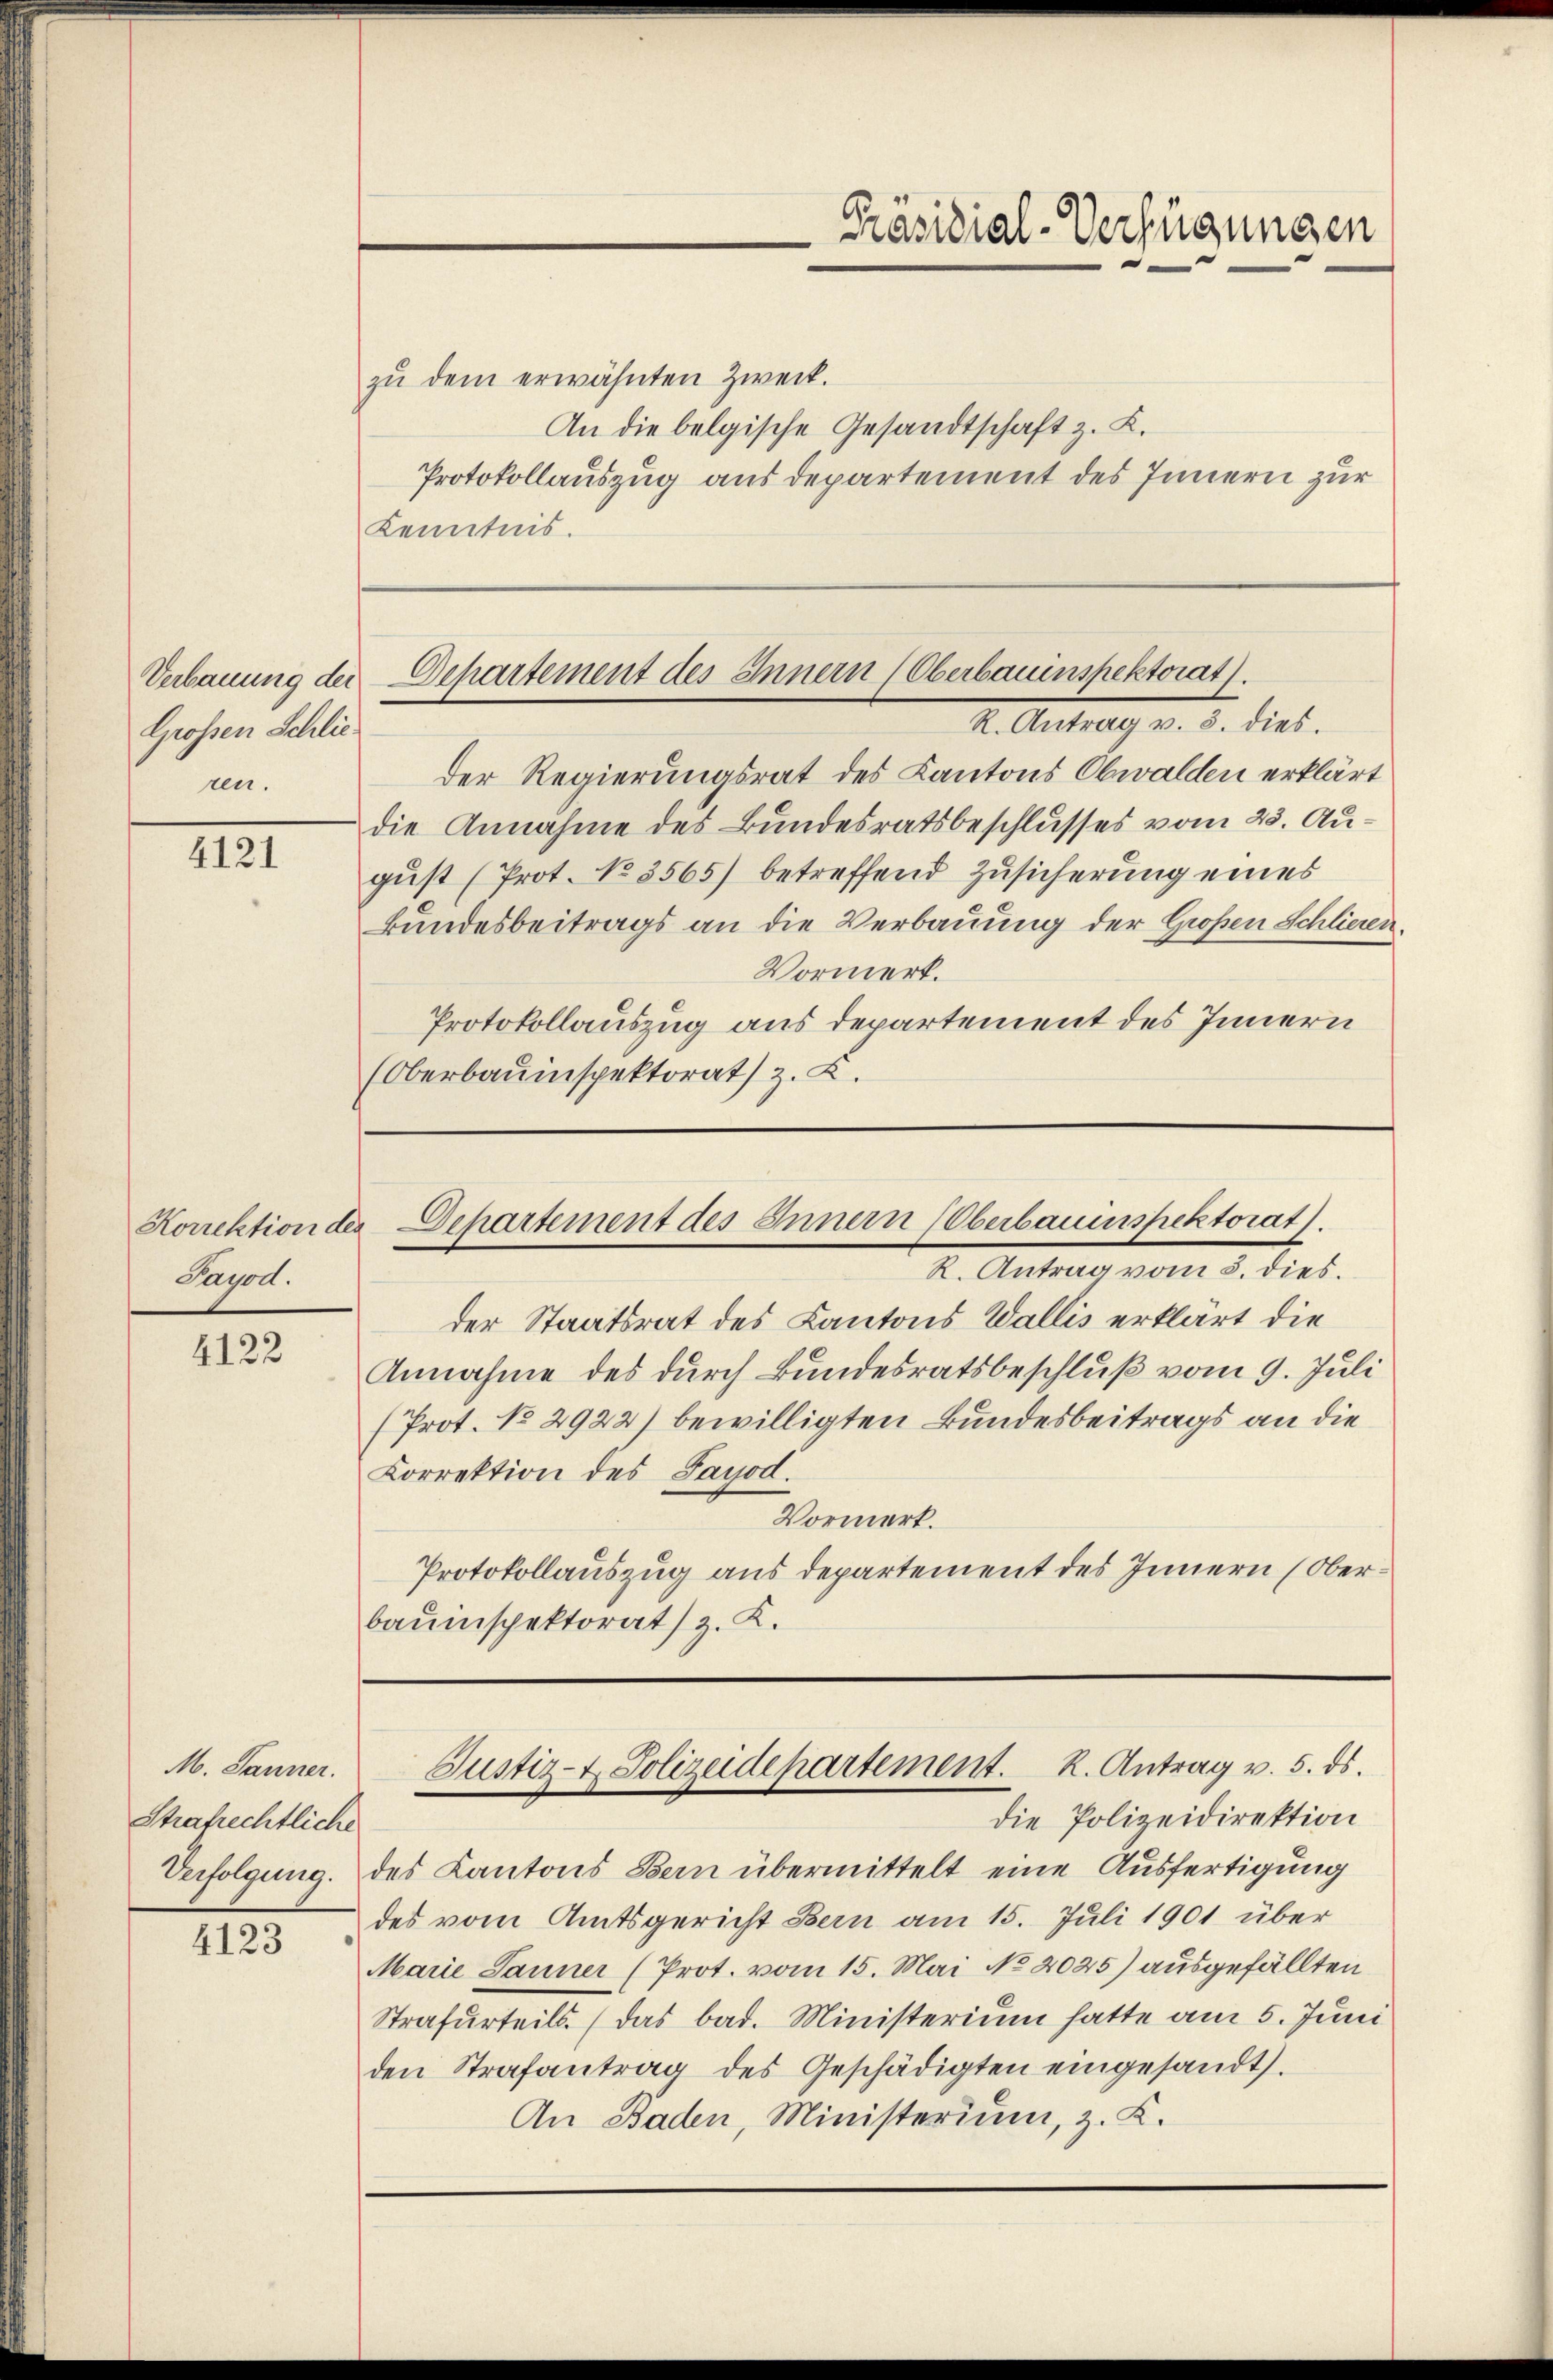
Grossen Schlieren.

4121

Payod.

4122.

M. Janner.
Strafrechtliche
Verfolgung.

4123

zŭ dem erwähnten Zweck.
An die belgische Gesandtschaft z. K.
Protokollauszug aus departement des Innern zur
Kenntnis.

2. Antrag v. 5. dies.
der Regierungsrat des Kantons Obwalden erklärt
die Annahme des Bundesratsbeschlusses vom 23. August (Prot. No 3565) betreffend Zusicherung eines
kundesbeitrags an die Verbauung der Großen Schlieren.
Vormerk.
Protokollauszug aus Departement des Innern
(Oberbauinspektorat) z. Z.

Präsidial-Verfügungen

Verbauung der Dehartement des Innern (Oberbauinspektorat.

Korrektion der Departement des Innern (Oberbauinspektorat.
2. Antrag vom 3. dies

der Staatsrat des Kantons Wallis erklärt die
Annahme des durch Bundesratsbeschluß vom 9. Juli
(Prot. No 2922) bewilligten Bundesbeitrags an die
Korrektion des Sayod.
Vormerk.
Protokollauszug aus departement des Innern (Oberbauinspektorat) z. K.

die Polizeidirektion
des Kantons Bern übermittelt eine Ausfertigung
des vom Amtsgericht Bern am 15. Juli 1901 über
Marie Sauner (Prot. vom 15. Mai No 2025) ausgefällten
Strafurteils. (das bad. Ministerium hatte am 5. Juni
den Strafantrag des Geschädigten eingesandt).
An Baden, Ministerium, z. K.

Justiz- & Polizeidepartement. K. Antrag v. 5. ds.